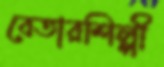
বেতারশিল্পী